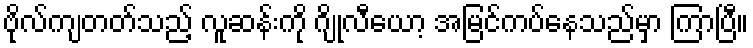
ဗိုလ်ကျတတ်သည့် လူဆန်းကို ဂျိုလီယော့ အမြင်ကပ်နေသည်မှာ ကြာပြီ။